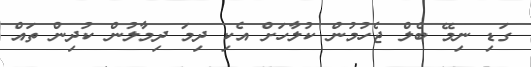
ގަޑި ނިމޭ ބެލް ޖެހުމުން ކުލާހަށް އެކި ދިމަ ދިމާލުން ކުދިން ތައް